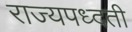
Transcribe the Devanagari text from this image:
राज्यपध्दती